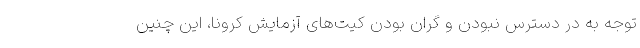
توجه به در دسترس نبودن و گران بودن کیت‌های آزمایش کرونا، این چنین